V__Kingissepa_nim__kolhoos, lk 68
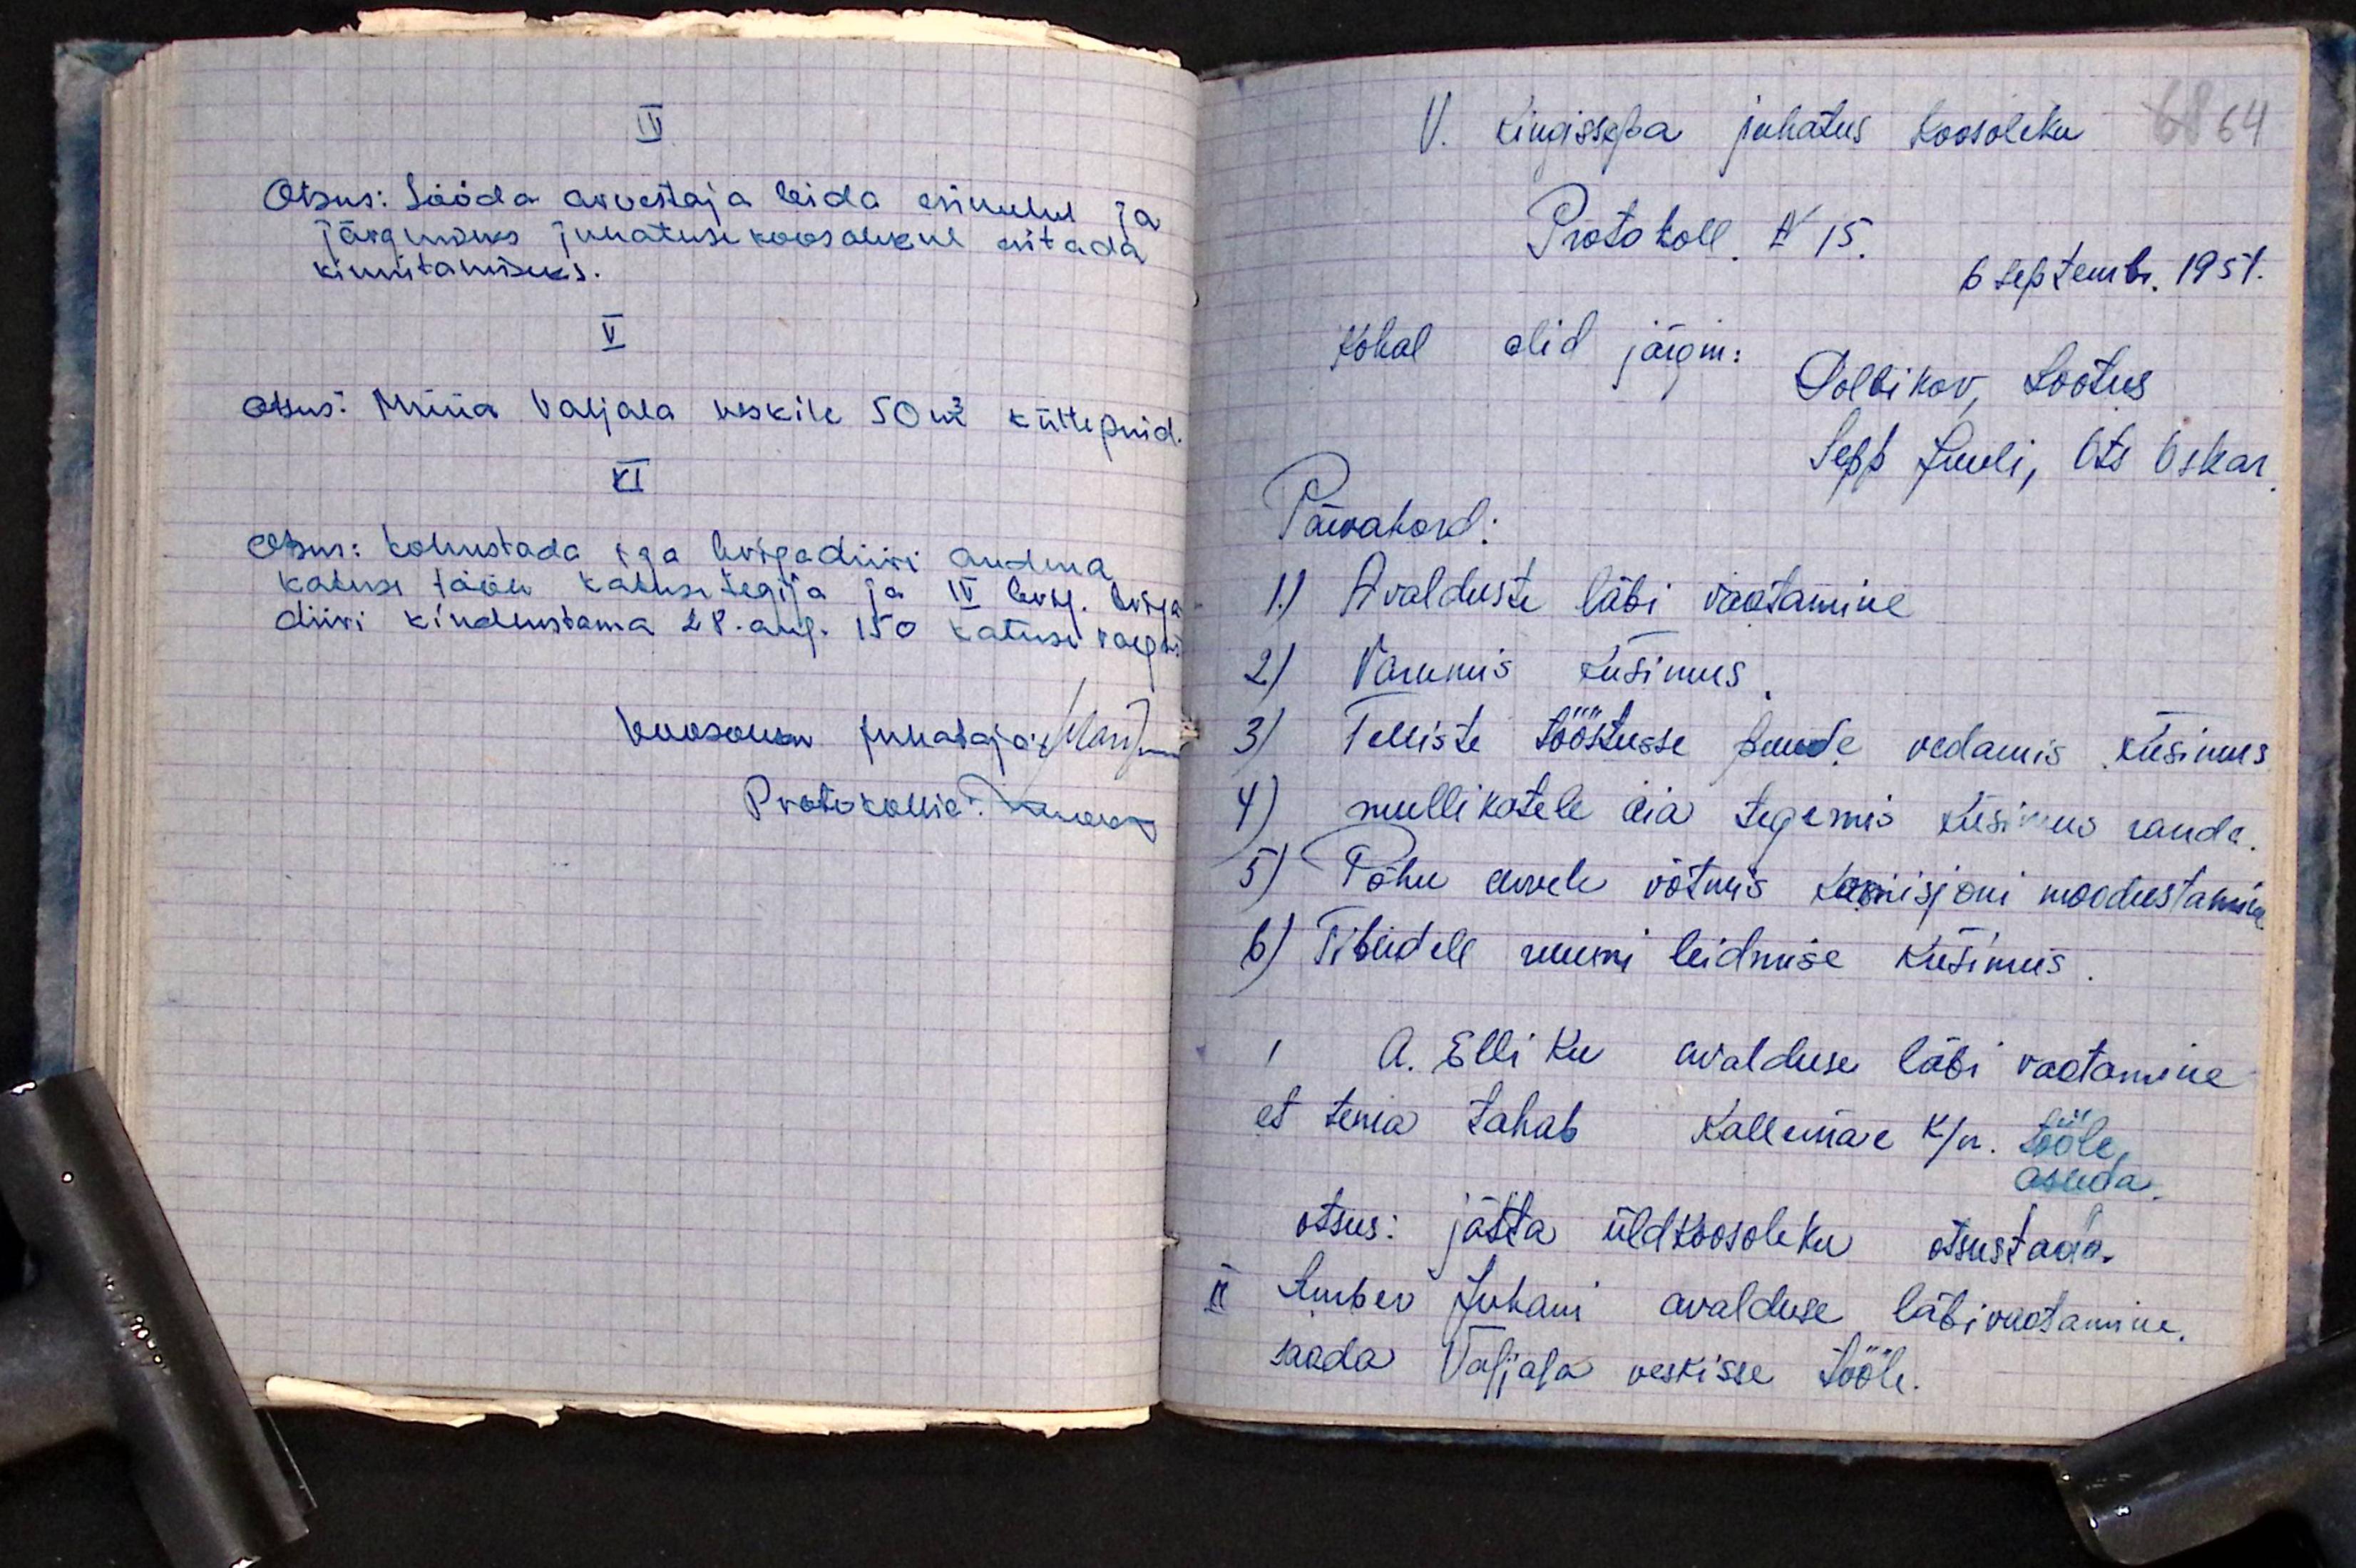
IV
Otsus: Sööda arvestaja leida esimehel ja
järgmises juhatuse koosolekul esitada
kinnitamiseks.
V.
otsus: Müüa Valjala veskile 50 m3 küttepuid.
VI
otsus: kohustada iga brigadiiri andma
kaluse tööle katuse tegija ja IV brig. briga-
diiri kindlustama 28. aug. 150 katuse vaegu
koosoleku juhataja: Maripuu
Protokollis: Moora

V. Kingissepa juhatus koosoleku 68 64
Protokoll N 15.
6 Septembr. 1951.
Kohal olid järgm:
Polbikov, Lootus
Päevakord:
Sepp Juuli, Ots Oskar
1) Avalduste läbi vaatamine
2) Varumis küsimus.
3) Telliste tööstusse puude vedamis küsimus
4) mullikatele aia tegemis küsimus randa.
5) Põhu arvele võtmis komisjoni moodustamine
b) Tibudele ruumi leidmise küsimus.
I A. Elliku avalduse läbi vaatamine
et tema tahab Kallemäe k/n. tööle
asuda.
otsus: jätta üldkoosoleku otsustada.
II Amber Juhani avalduse läbivaatamine.
saada Valjala veskisse tööle.